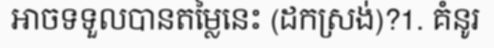
អាចទទួលបានតម្លៃនេះ (ដកស្រង់)?1. គំនូរ